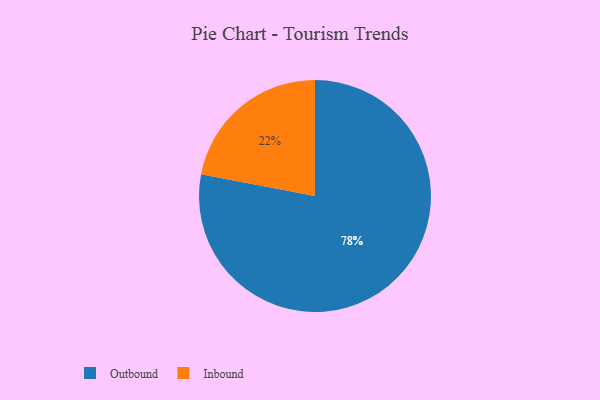
{"axis": {"x": "Category", "y": "Percentage"}, "legend": ["Inbound", "Outbound"], "data": [{"x": "Outbound", "y": 78, "type": "Outbound"}, {"x": "Inbound", "y": 22, "type": "Inbound"}]}